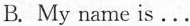
B. My name is ...